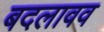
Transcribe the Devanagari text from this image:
बदलावव